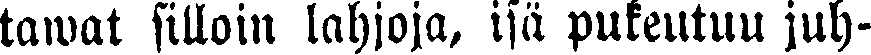
tawat silloin lahjoja, isä pukeutuu juh-